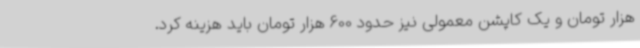
هزار تومان و یک کاپشن معمولی نیز حدود 600 هزار تومان باید هزینه کرد.